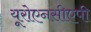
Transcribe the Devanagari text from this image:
यूरोएनसीएपी